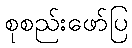
စုစည်းဖော်ပြ